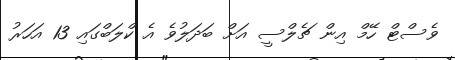
ވެސްޓް ހޭމް އިން ޗެލްސީ އަށް ބަދަލުވެ އެ ކްލަބްގައި 13 އަހަރު